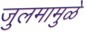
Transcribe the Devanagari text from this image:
जुलमामुळे